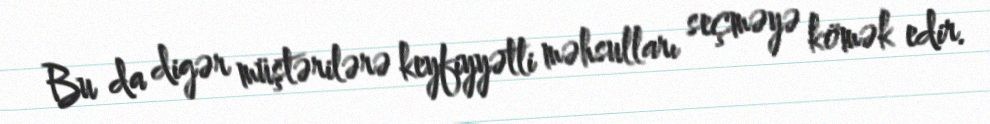
Bu da digər müştərilərə keyfiyyətli məhsulları seçməyə kömək edir.